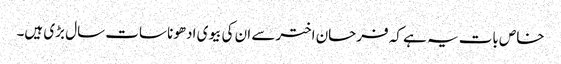
خاص بات یہ ہے کہ فرحان اخترسے ان کی بیوی ادھونا سات سال بڑی ہیں۔